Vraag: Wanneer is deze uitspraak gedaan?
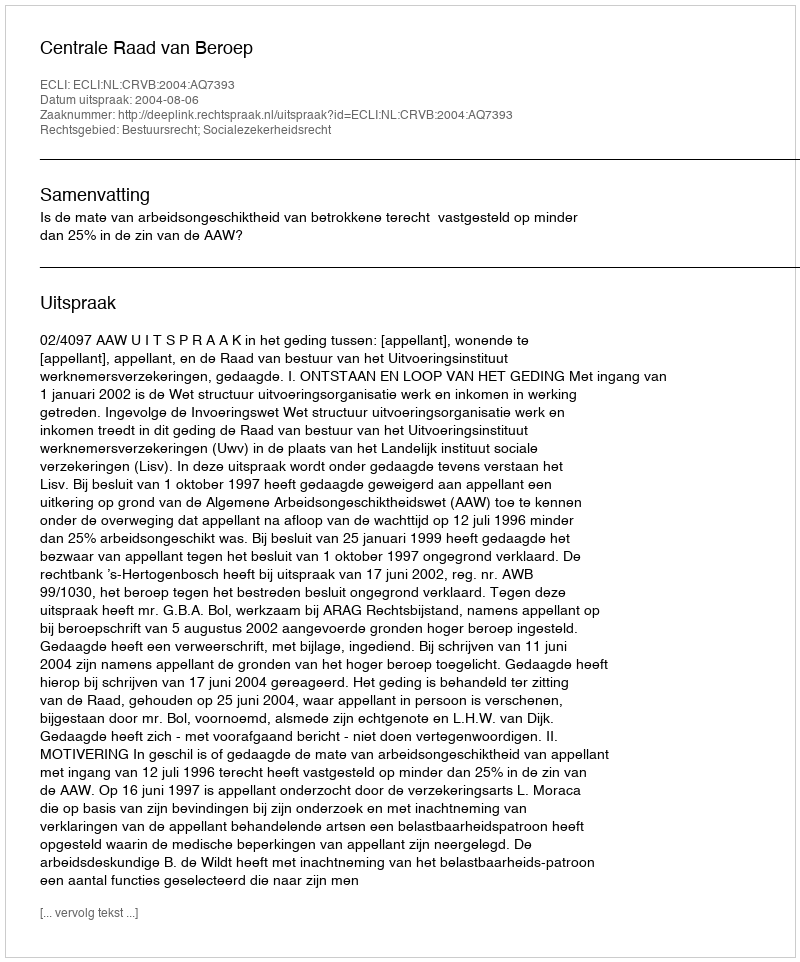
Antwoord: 2004-08-06